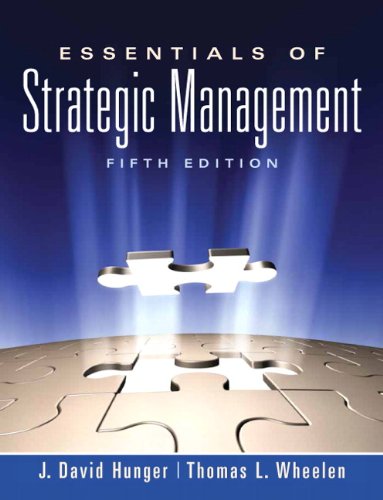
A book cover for Essentials of Strategic Management (5th Edition); J. David Hunger; Test Preparation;